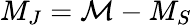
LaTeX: M_{J}=\mathcal{M}-M_{S}